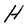
Character: H